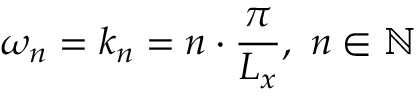
\omega _ { n } = k _ { n } = n \cdot \frac { \pi } { L _ { x } } , \ n \in \mathbb { N }